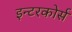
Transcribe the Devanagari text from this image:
इन्टरकोर्स